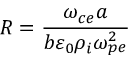
R = \frac { \omega _ { c e } a } { b \varepsilon _ { 0 } \rho _ { i } \omega _ { p e } ^ { 2 } }